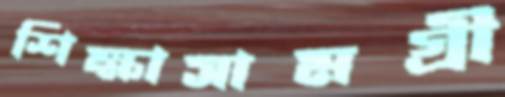
শিক্ষাসামগ্রী